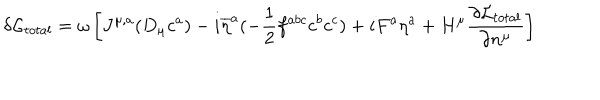
\delta { \cal L } _ { t o t a l } = \omega \left[ J ^ { \mu , a } ( D _ { \mu } c ^ { a } ) - i \overline { { { \eta } } } ^ { a } ( - { \frac { 1 } { 2 } } f ^ { a b c } c ^ { b } c ^ { c } ) + i F ^ { a } \eta ^ { a } + H ^ { \mu } { \frac { \partial { \cal L } _ { t o t a l } } { \partial n ^ { \mu } } } \right]